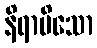
နိရာမိသော